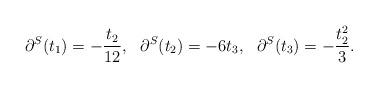
LaTeX: \begin{align*}\partial^S(t_1) =- \frac{t_2}{12}, \ \ \partial^S(t_2) = -6t_3, \ \ \partial^S(t_3)=-\frac{t_2^2}{3}.\end{align*}